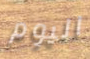
اليوم